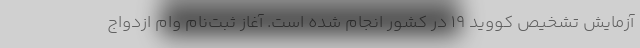
آزمایش تشخیص کووید ۱۹ در کشور انجام شده است. آغاز ثبت‌نام وام ازدواج